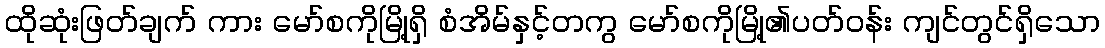
ထိုဆုံးဖြတ်ချက် ကား မော်စကိုမြို့ရှိ စံအိမ်နှင့်တကွ မော်စကိုမြို့၏ပတ်ဝန်း ကျင်တွင်ရှိသော